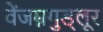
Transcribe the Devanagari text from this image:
वेंजम्नगुड्लूर